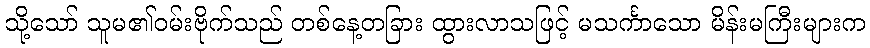
သို့သော် သူမ၏ဝမ်းဗိုက်သည် တစ်နေ့တခြား ထွားလာသဖြင့် မသင်္ကာသော မိန်းမကြီးများက